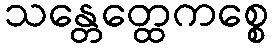
သန္တေတ္ထေကစ္စေ